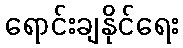
ရောင်းချနိုင်ရေး